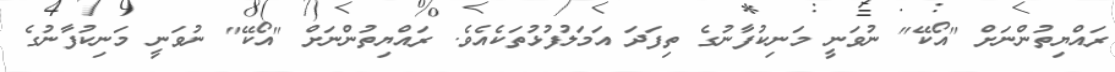
ރައްޔިތުންނަށް "އޯކޭ" ނުވަނީ މަނިކުފާނުގެ ތިފަދަ އަމަލުފުޅުތަކެއެވެ. ރައްޔިތުންނަށް "އޯކޭ" ނުވަނީ މަނިކުފާނުގެ